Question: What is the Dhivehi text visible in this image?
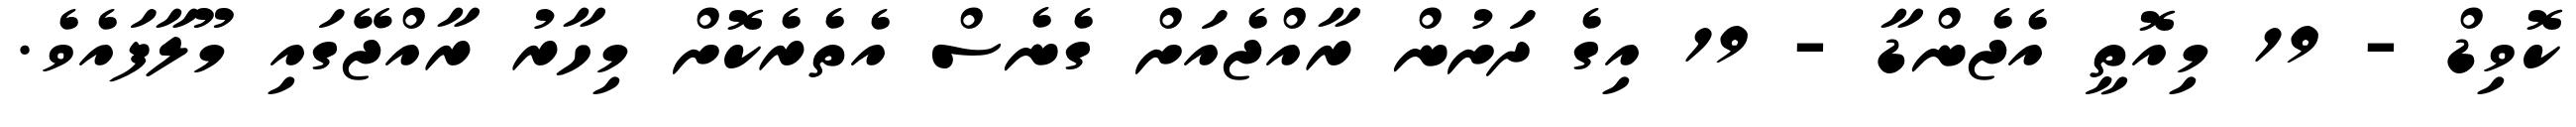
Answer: ކޮވިޑް - 19 މިއޮތީ އެޖެންޑާ - 19 އިގެ ދަށުން ރާއްޖެއަށް ގެނެސް އެތެރެކޮށް މިހާރު ރާއްޖޭގައި މޫލާފައެވެ.